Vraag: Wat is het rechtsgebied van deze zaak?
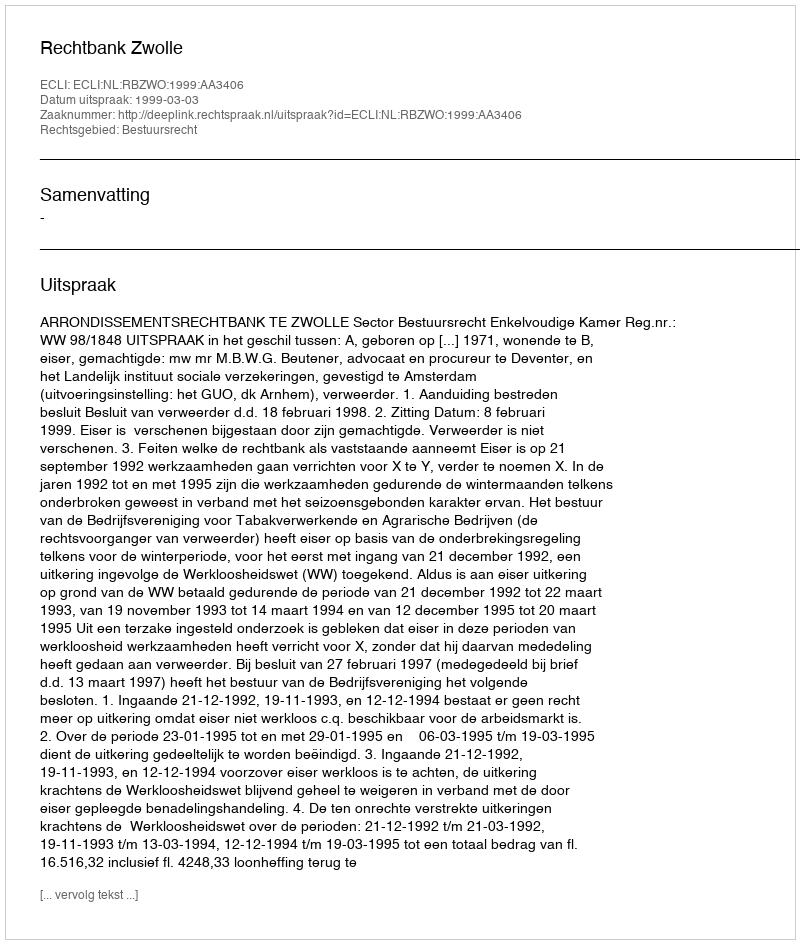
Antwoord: Bestuursrecht